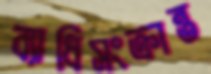
ব্যাধিসংক্রান্ত